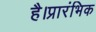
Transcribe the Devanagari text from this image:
है।प्रारंभिक